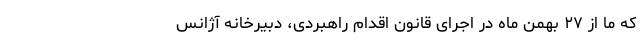
که ما از ۲۷ بهمن ماه در اجرای قانون اقدام راهبردی، دبیرخانه آژانس